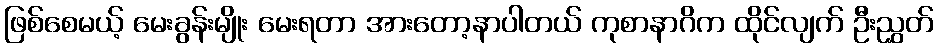
ဖြစ်စေမယ့် မေးခွန်းမျိုး မေးရတာ အားတော့နာပါတယ် ကုစာနာဂိက ထိုင်လျက် ဦးညွှတ်